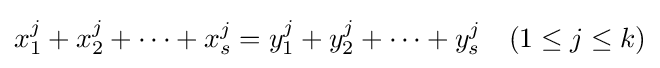
x_{1}^{j}+x_{2}^{j}+\cdots +x_{s}^{j}=y_{1}^{j}+y_{2}^{j}+\cdots +y_{s}^{j}\quad (1\leq j\leq k)